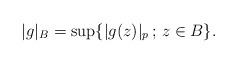
LaTeX: \begin{align*} |g|_B=\sup\{|g(z)|_p\,;\, z\in B\}.\end{align*}